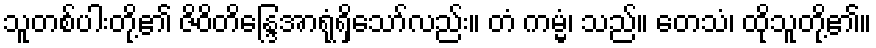
သူတစ်ပါးတို့၏ ဇိဝိတိန္ဒြေအာရုံရှိသော်လည်း။ တံ ကမ္မံ၊ သည်။ တေသံ၊ ထိုသူတို့၏။